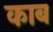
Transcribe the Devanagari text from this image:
काब